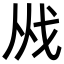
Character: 𢦜